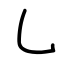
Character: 乚